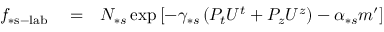
\begin{array} { r l r } { f _ { \ast \mathrm { s - l a b } } } & { { } = } & { N _ { \ast s } \exp \left[ - \gamma _ { \ast s } \left( P _ { t } U ^ { t } + P _ { z } U ^ { z } \right) - \alpha _ { \ast s } m ^ { \prime } \right] } \end{array}